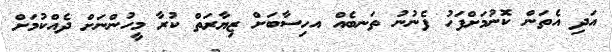
އަދި އެތަން ކޮނުމަށްފަހު ފެނުނު ތަނބެއް އހިސާބަށް ޒިޔާރަތް ކުރާ މީހުންނަށް ދެއްކުމަށް